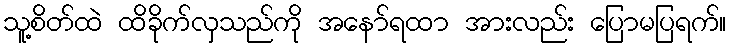
သူ့စိတ်ထဲ ထိခိုက်လှသည်ကို အနော်ရထာ အားလည်း ပြောမပြရက်။